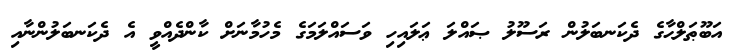
އަބޫޠަލްޙާގެ ދެކަނބަލުން ރަސޫލު ޞައްލަ ޢަލައިހި ވަސައްލަމަގެ މެހުމާނަށް ކާންދެއްވީ އެ ދެކަނބަލުންނާއި